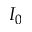
I _ { 0 }